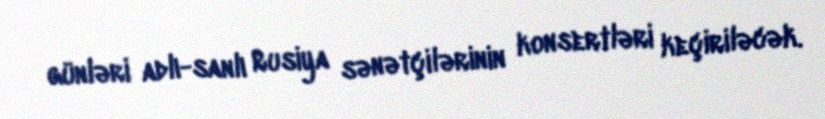
günləri adlı-sanlı Rusiya sənətçilərinin konsertləri keçiriləcək.